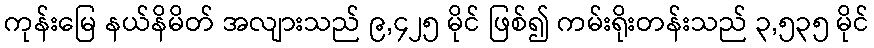
ကုန်းမြေ နယ်နိမိတ် အလျားသည် ၉,၄၂၅ မိုင် ဖြစ်၍ ကမ်းရိုးတန်းသည် ၃,၅၃၅ မိုင်